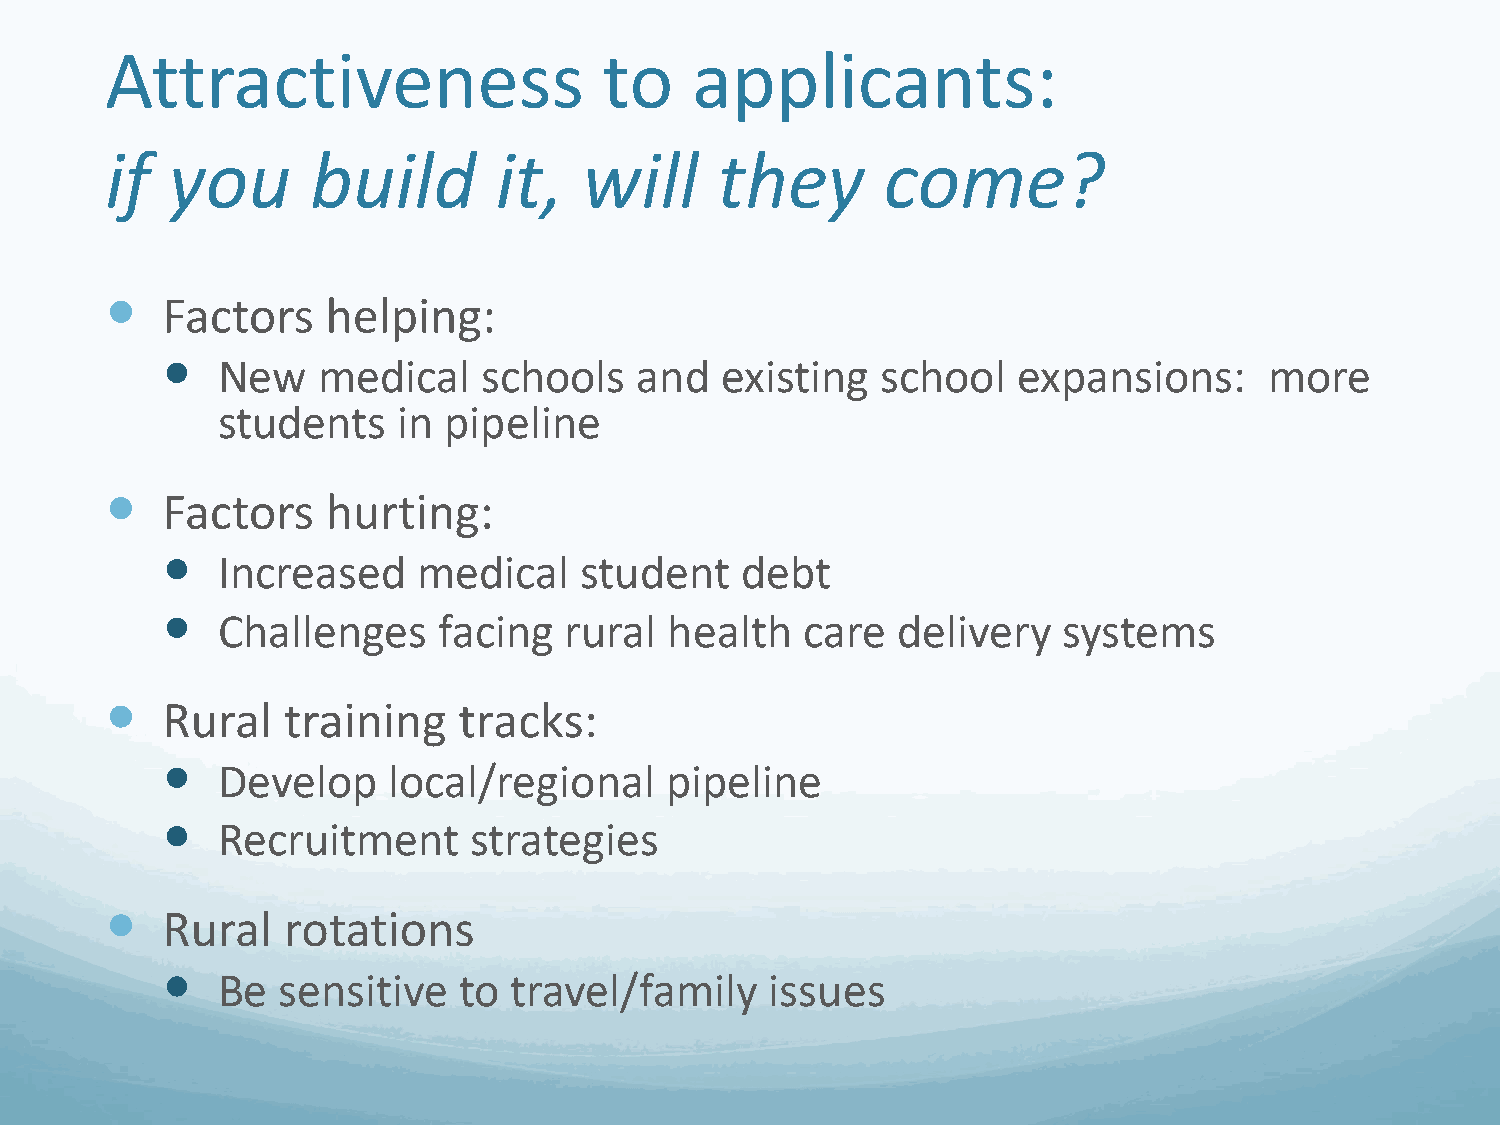
Attractiveness                   to    applicants:
 if  you       build       it,   will    they       come?
 
 Factors    helping:
 
 New    medical    schools   and   existing  school   expansions:      more
 students    in pipeline
 
 Factors    hurting:
 
 Increased     medical   student    debt
 
 Challenges     facing  rural  health   care  delivery   systems
 
 Rural   training   tracks:
 
 Develop     local/regional    pipeline
 
 Recruitment      strategies
 
 Rural   rotations
 
 Be  sensitive   to  travel/family    issues